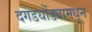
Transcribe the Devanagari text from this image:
दगडधोंड्यामधून